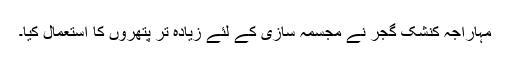
مہاراجہ کنشک گجر نے مجسمہ سازی کے لئے زیادہ تر پتھروں کا استعمال کیا۔